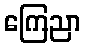
ကြေညာ